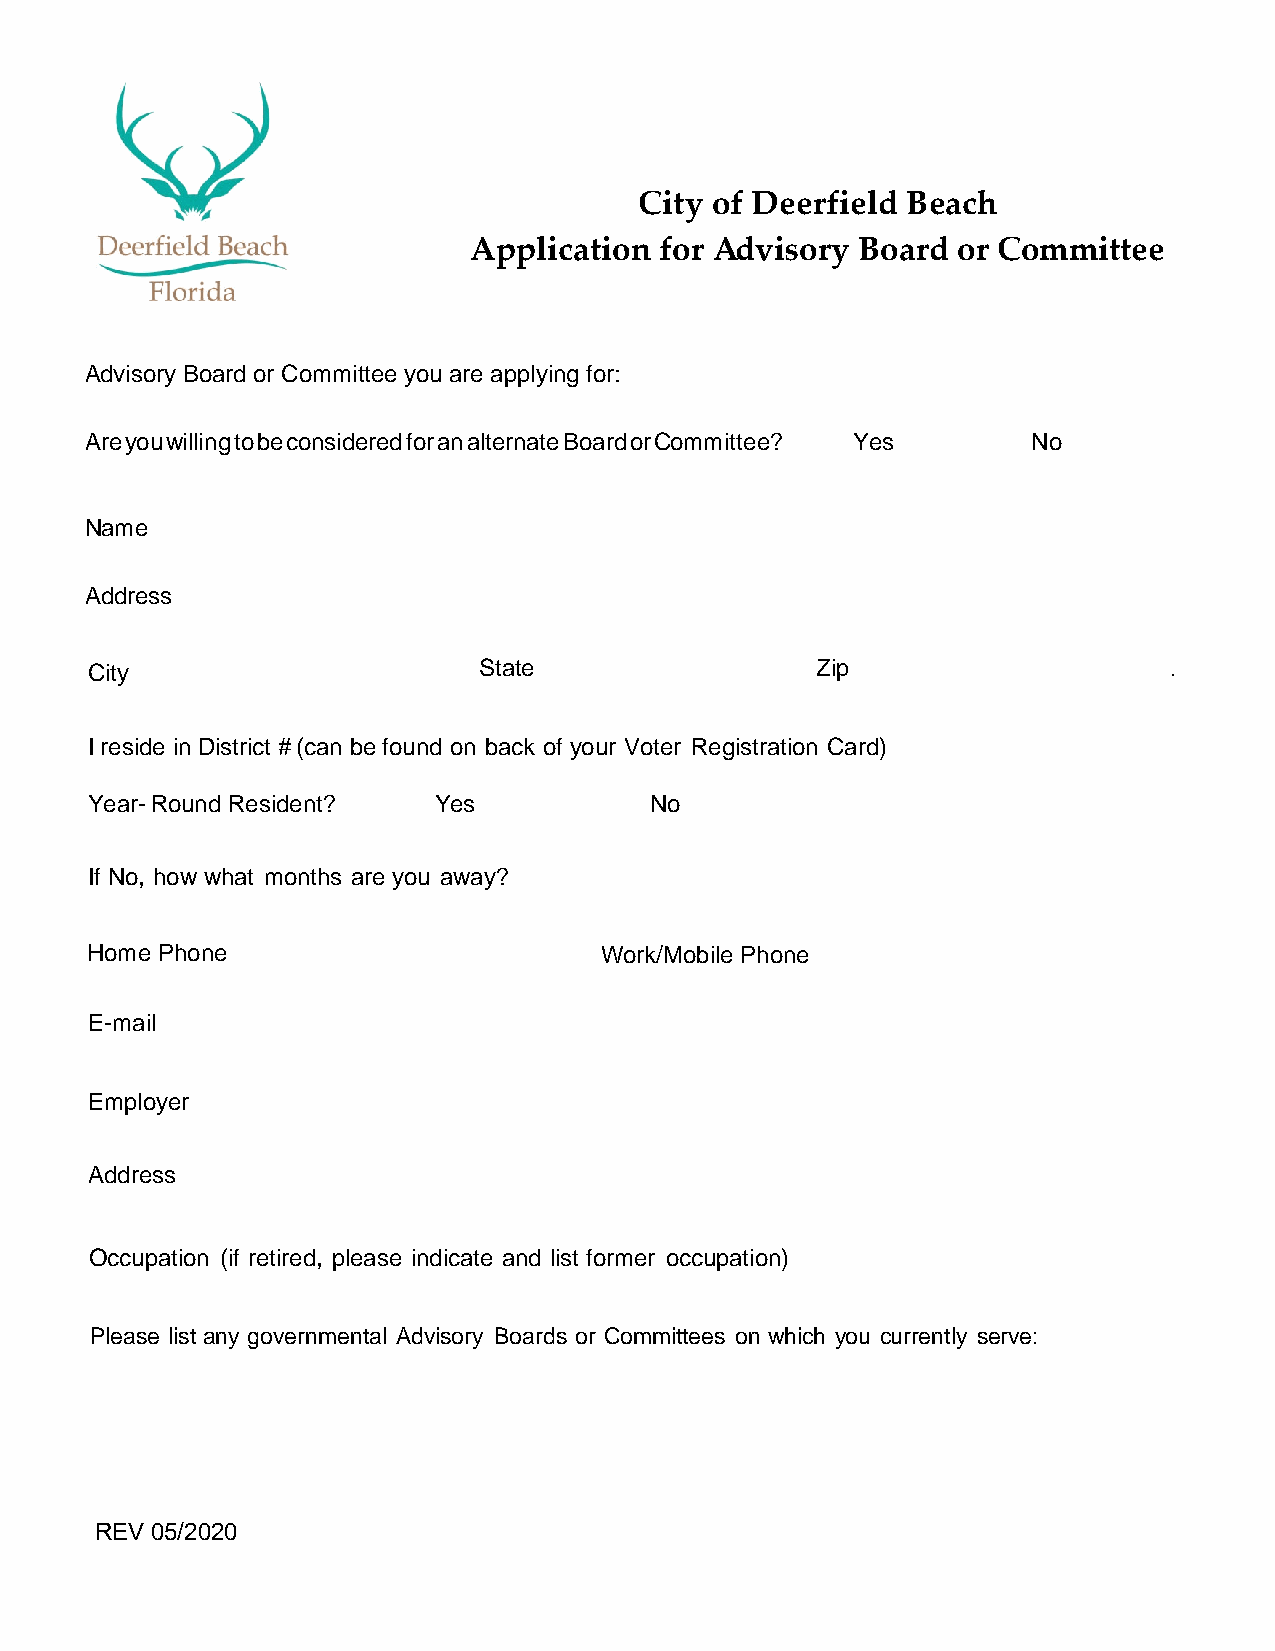
City of Deerfield Beach
 Application  for Advisory Board or Committee
 Advisory Board or Committee you are applying for:
 AreyouwillingtobeconsideredforanalternateBoardorCommittee? Yes No
 Name
 Address
 City                      State                 Zip                    .
 I reside in District # (can be found on back of your Voter Registration Card)
 Year- Round Resident?  Yes           No
 If No, how what months are you away?
 Home Phone                        Work/Mobile Phone
 E-mail
 Employer
 Address
 Occupation (if retired, please indicate and list former occupation)
 Please list any governmental Advisory Boards or Committees on which you currently serve:
 REV 05/2020